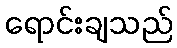
ရောင်းချသည်